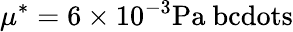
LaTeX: \mu^{*}=6\times 10^{-3}\mathrm{Pa\ bcdots}